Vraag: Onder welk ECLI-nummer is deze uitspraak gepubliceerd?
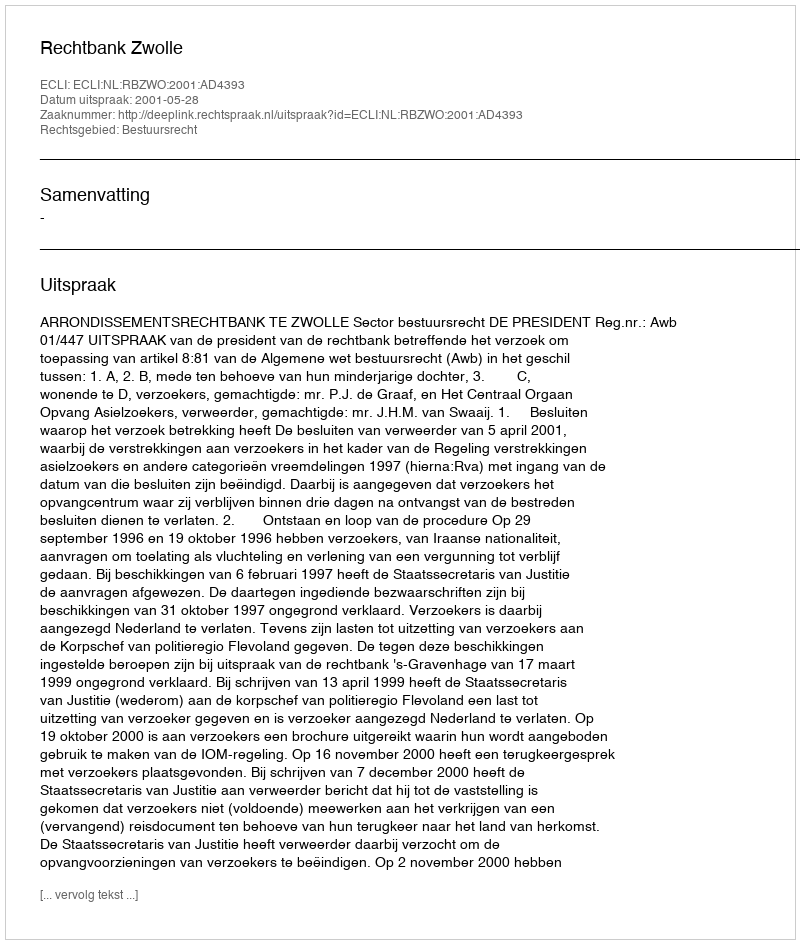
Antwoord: ECLI:NL:RBZWO:2001:AD4393